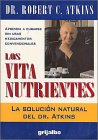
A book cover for Los Vitanutrientes; Robert C., M.D. Atkins; Health, Fitness & Dieting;